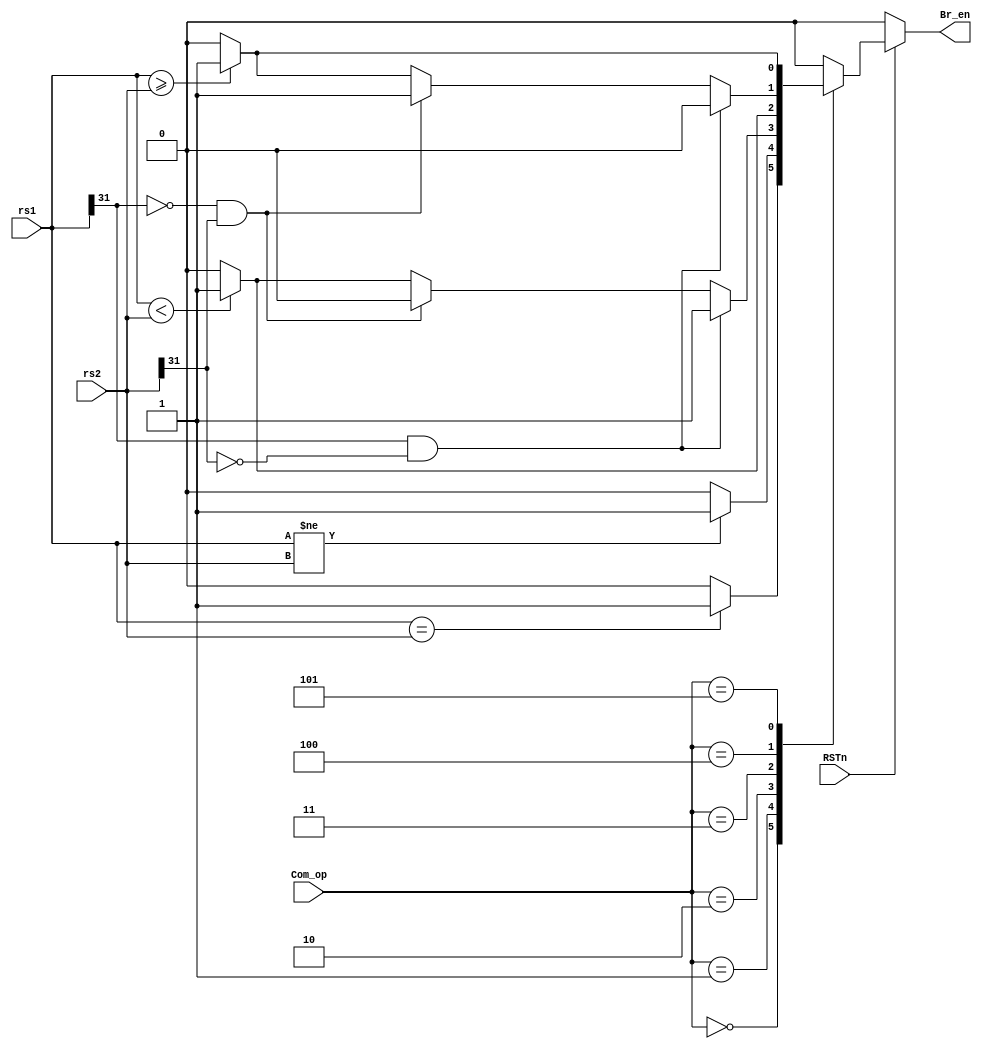
//******************Jump judgment******************//
module compare(
	input 				RSTn,
	input 		[31:0] 	rs1,
	input 		[31:0] 	rs2,
	input 		[ 2:0] 	Com_op,
	output reg 			Br_en
);

localparam BEQ  = 3'b000;//rs1=rs2,jump to pc+offset32
localparam BNE  = 3'b001;//rs1!=rs2,jump to pc+offset32
localparam BLT  = 3'b010;//rs1<rs2(signed),jump to pc+offset32
localparam BLTU = 3'b011;//rs1<rs2(unsigned),jump to pc+offset32
localparam BGE  = 3'b100;//rs1>rs2(signed),jump to pc+offset32
localparam BGEU = 3'b101;//rs1>rs2(unsigned),jump to pc+offset32

//*********************Main*******************//
always @(*) 
begin
	if (!RSTn) 
		begin
			Br_en <= 0;
		end
	else 
		begin
			case(Com_op)
				BEQ  :
				 	begin
						if (rs1 == rs2)
							Br_en <= 1;
						else
							Br_en <= 0;
					end
				BNE  :
				 	begin
						if (rs1 != rs2)
							Br_en <= 1;
						else
							Br_en <= 0;
					end
				BLT  :
				 	begin
						if ((rs1[31] == 1) && (rs2[31] == 0))
							Br_en <= 1;
						else if ((rs1[31] == 0) && (rs2[31] == 1))
							Br_en <= 0;
						else if ((rs2[31] == 1) && (rs1[31] == 1))
							Br_en <= (rs1 < rs2) ? 1 : 0;
						else 
							Br_en <= (rs1 < rs2) ? 1 : 0;
					end
				BLTU :
				 	begin
						if (rs1 < rs2)
							Br_en <= 1;
						else
							Br_en <= 0;
					end
				BGE  :
				 	begin
						if ((rs1[31] == 1) && (rs2[31] == 0))
							Br_en <= 0;
						else if ((rs1[31] == 0) && (rs2[31] == 1))
							Br_en <= 1;
						else if ((rs2[31] == 1) && (rs1[31] == 1))
							Br_en <= (rs1 >= rs2) ? 1 : 0;
						else 
							Br_en <= (rs1 >= rs2) ? 1 : 0;
					end
				BGEU :
				 	begin
						if (rs1 >= rs2)
							Br_en <= 1;
						else 
							Br_en <= 0;
					end
				default:Br_en <= 0;
			endcase
		end
end
endmodule